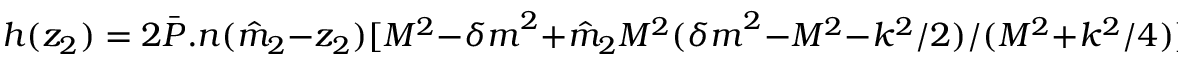
h ( z _ { 2 } ) = 2 { \bar { P } } . n ( { \hat { m } } _ { 2 } - z _ { 2 } ) [ M ^ { 2 } - { \delta m } ^ { 2 } + { \hat { m } } _ { 2 } M ^ { 2 } ( { \delta m } ^ { 2 } - M ^ { 2 } - k ^ { 2 } / 2 ) / ( M ^ { 2 } + k ^ { 2 } / 4 ) ]